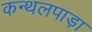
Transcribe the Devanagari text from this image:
कन्थलपाड़ा